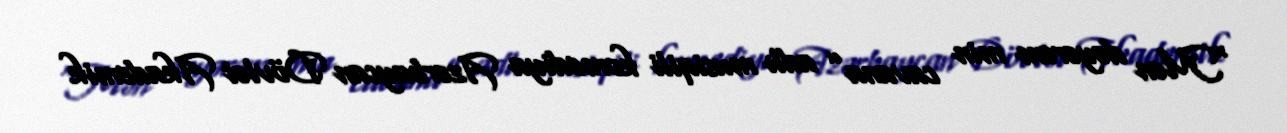
“Mən dəyərəm min cavana” adlı musiqili komediya Azərbaycan Dövlət Akademik